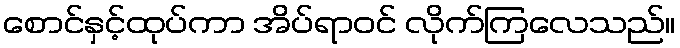
စောင်နှင့်ထုပ်ကာ အိပ်ရာဝင် လိုက်ကြလေသည်။